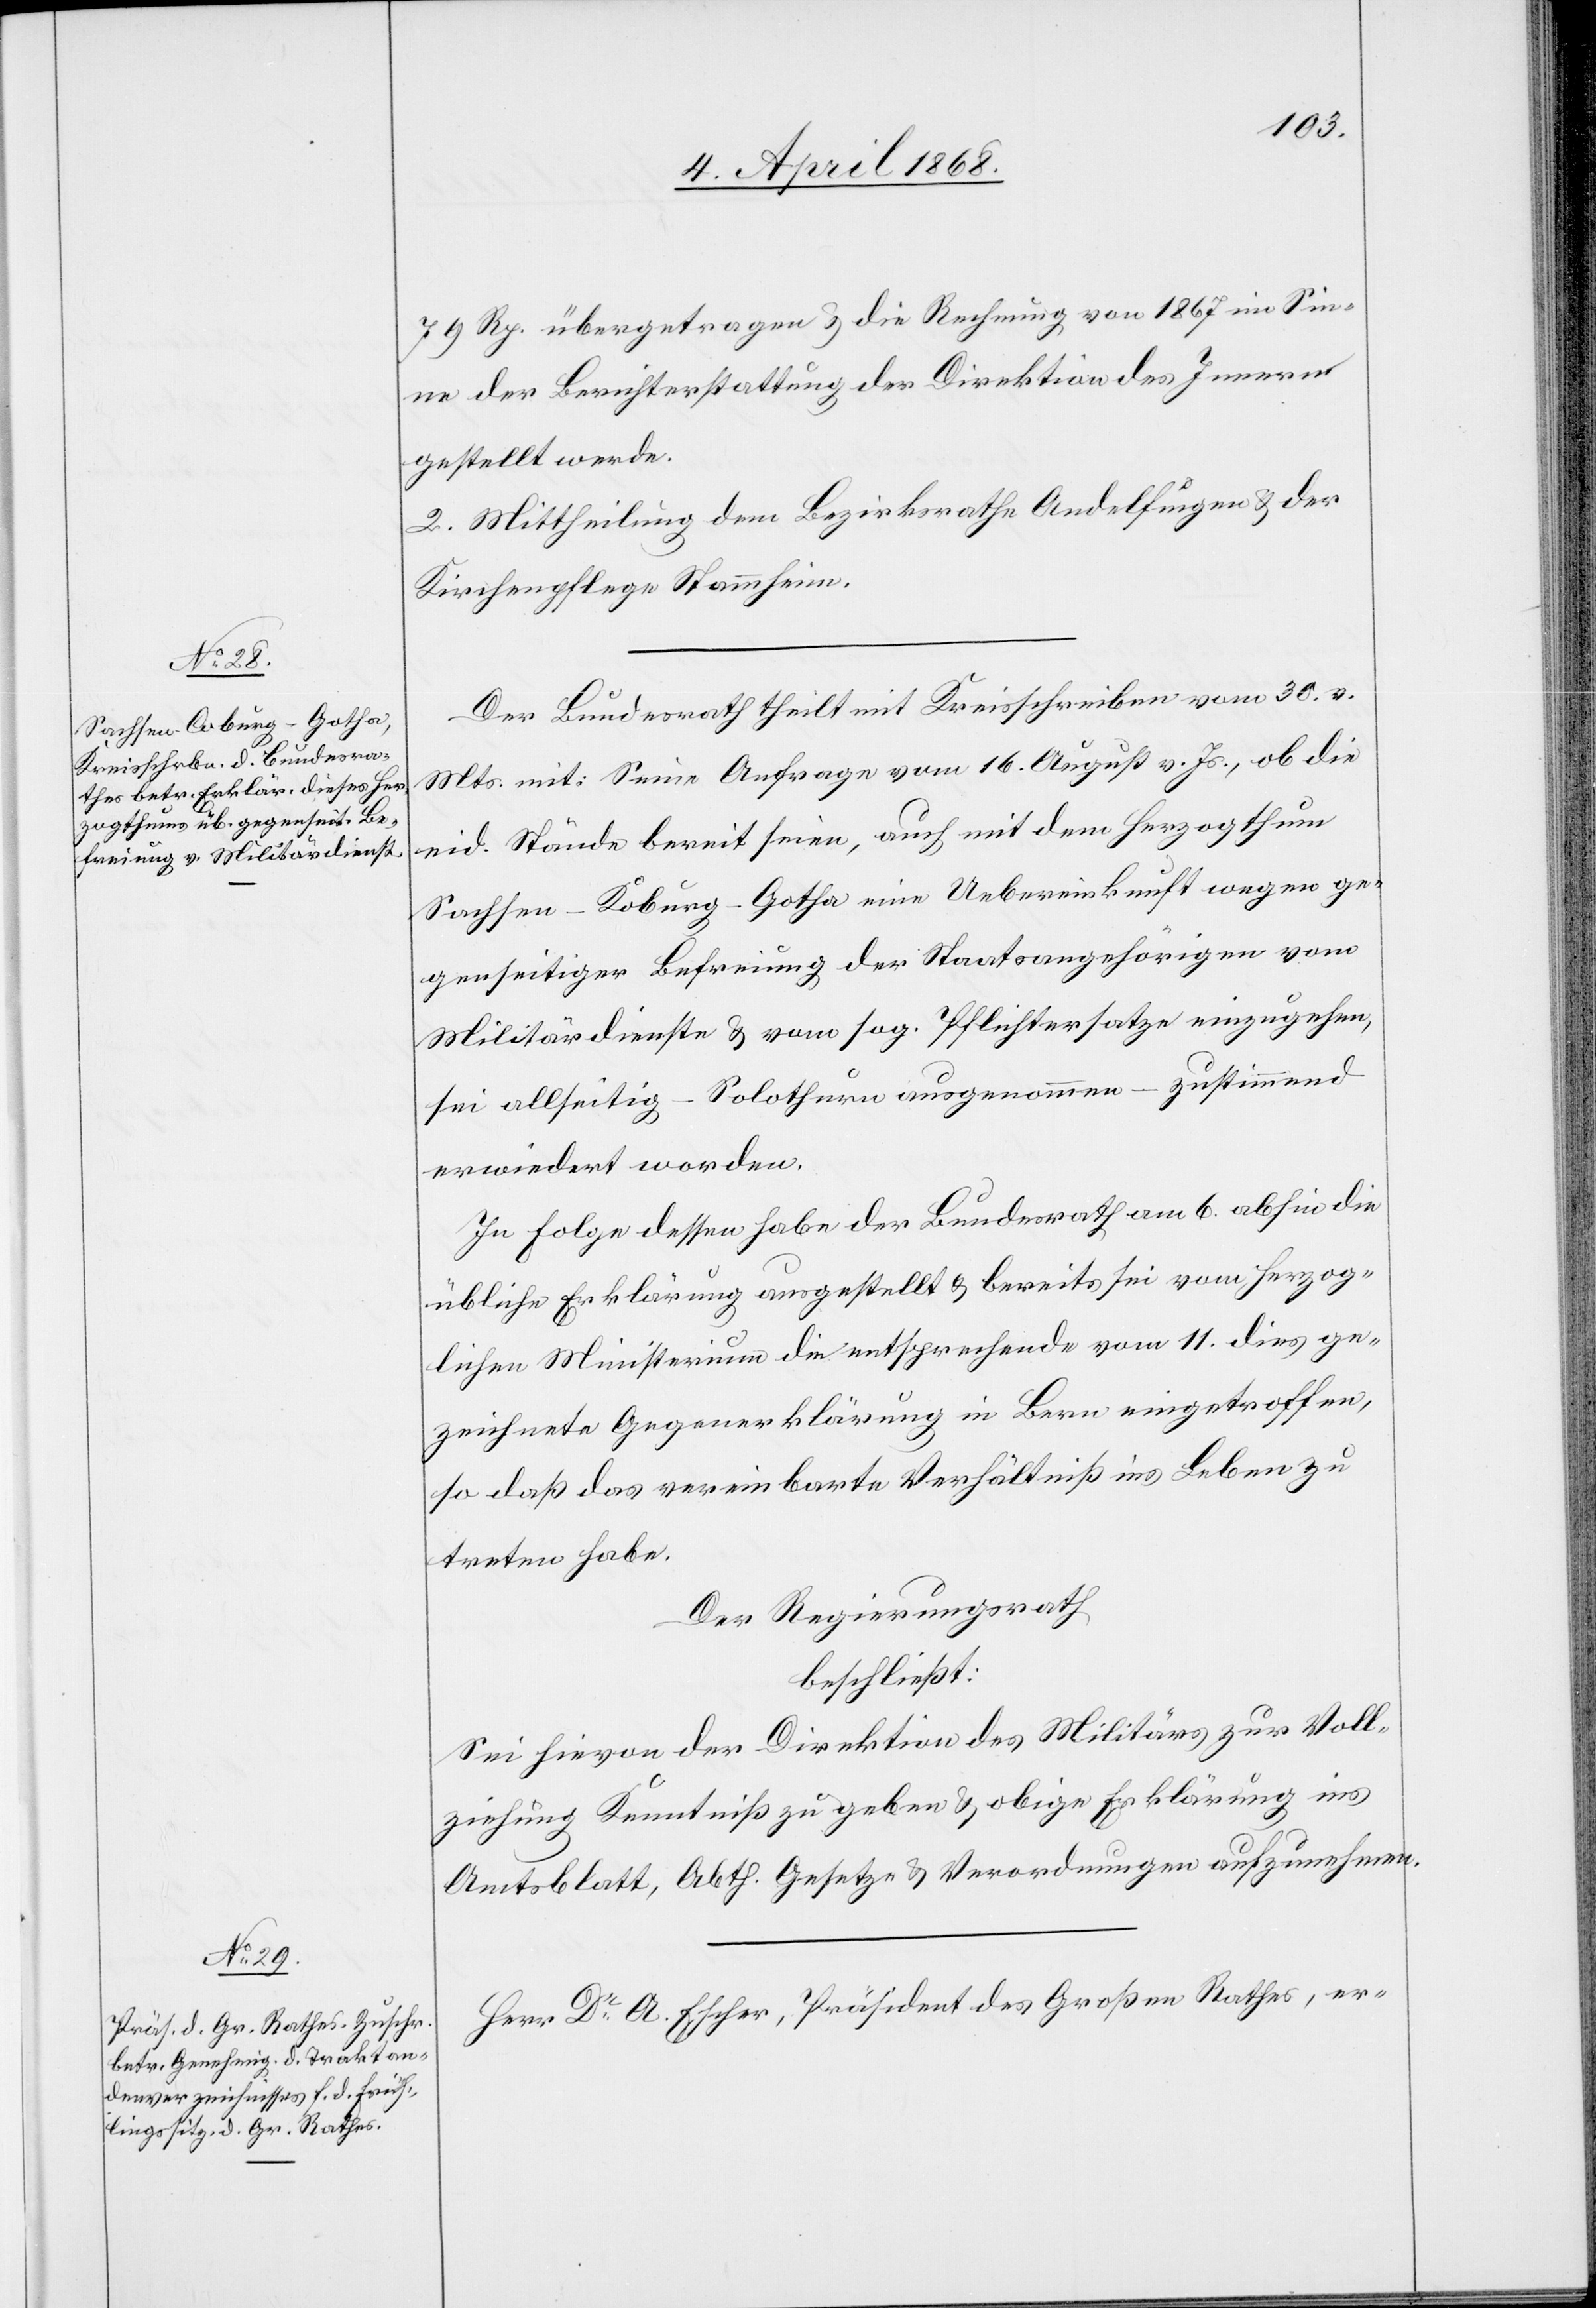
Der Bundesrath theilt mit Kreisschreiben vom 30. v.
Mts. mit: Seine Anfrage vom 16. August v. Js., ob die
eid. Stände bereit seien, auch mit dem Herzogthum
Sachsen-Koburg-Gotha eine Uebereinkunft wegen ge¬
genseitiger Befreiung der Staatsangehörigen vom
Militärdienste & vom sog. Pflichtersatze einzugehen,
sei allseitig – Solothurn ausgenommen – zustimmend
erwiedert worden.
In Folge dessen habe der Bundesrath am 6. abhin die
übliche Erklärung ausgestellt & bereits sei vom Herzog¬
lichen Ministerium die entsprechende vom 11. dies ge¬
zeichnete Gegenerklärung in Bern eingetroffen,
so daß das vereinbarte Verhältniß ins Leben zu
treten habe.
Der Regierungsrath
beschließt:
Sei hievon der Direktion des Militärs zur Voll¬
ziehung Kenntniß zu geben & obige Erklärung ins
Amtsblatt, Abth. Gesetze & Verordnungen aufzunehmen.
Herr Dr. A. Escher, Präsident des Großen Rathes, er-